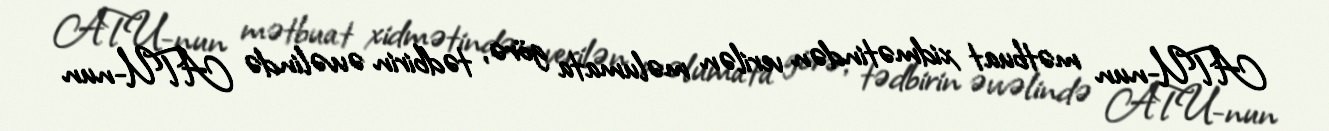
ATU-nun mətbuat xidmətindən verilən məlumata görə, tədbirin əvvəlində ATU-nun